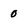
Character: 0